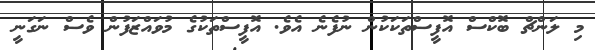
މި ލަންޗް ބޮކްސް އޮފީސްތަކަކުން ނުފެނެ އެވެ. އޮފީސްތަކުގެ މުވައްޒަފުން ވެސް ނަގަނީ